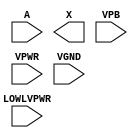
module sky130_fd_sc_hd__lpflow_lsbuf_lh_isowell_tap (
    //# {{data|Data Signals}}
    input  A       ,
    output X       ,

    //# {{power|Power}}
    input  LOWLVPWR,
    input  VPB     ,
    input  VPWR    ,
    input  VGND
);
endmodule